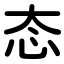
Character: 态